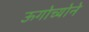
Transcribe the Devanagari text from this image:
ऊगोच्योने